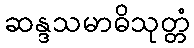
ဆန္ဒသမာဓိသုတ္တံ